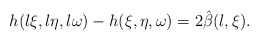
\begin{align*} h(l \xi,l \eta,l \omega)-h(\xi,\eta,\omega)=2\hat\beta(l,\xi).\end{align*}